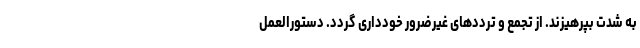
به شدت بپرهیزند. از تجمع و ترددهای غیرضرور خودداری گردد. دستورالعمل